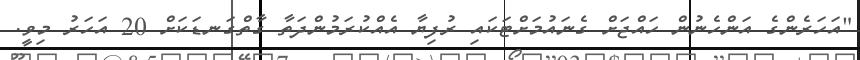
"އަހަރެންގެ އަންހެނުން ހައްޖަށް ގެނައުމަށްޓަކައި ރުފިޔާ އެއްކުރަމުންދަތާ ގާތްގަނޑަކަށް 20 އަހަރު މިވީ.